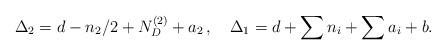
LaTeX: \begin{align*}\Delta_2 = d - n_2/2 + N_D^{(2)}+a_2 \, , \quad\Delta_1 = d + \sum n_i + \sum a_i + b .\end{align*}